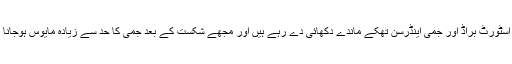
پیٹرسن نے کہا کہ اسٹورٹ براڈ اور جمی اینڈرسن تھکے ماندے دکھائی دے رہے ہیں اور مجھے شکست کے بعد جمی کا حد سے زیادہ مایوس ہوجانا بھی سمجھ نہیں آیا۔